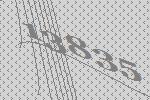
13835